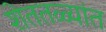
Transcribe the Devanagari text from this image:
शेततळ्यांत